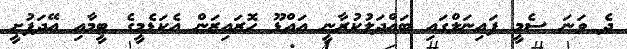
ދެ ވަނަ ސެމީ ފައިނަލްގައި ބައްދަލުކުރާނީ އައްޑޫ ހޮރައިޒަން އެކަޑެމީގެ ޓީމާއި އޭދަފުށީ